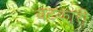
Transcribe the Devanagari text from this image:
चटकारी